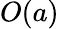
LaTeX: O(a)